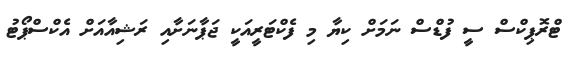
ޓްރޮޕިކްސް ސީ ފުޑްސް ނަމަށް ކިޔާ މި ފެކްޓަރީއަކީ ޖަޕާނަށާއި ރަޝިއާއަށް އެކްސްޕޯޓު